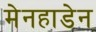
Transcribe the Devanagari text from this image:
मेनहाडेन